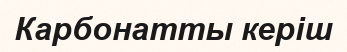
Карбонатты керіш